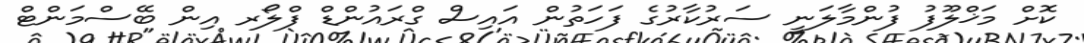
ކޮށް މަޚްލޫފު ފުންމާލަނީ ސަރުކާރުގެ ފަހަތުން އައިސް ގްރައުންޑް ފްލޯރ އިން ބޭސްމަންޓް